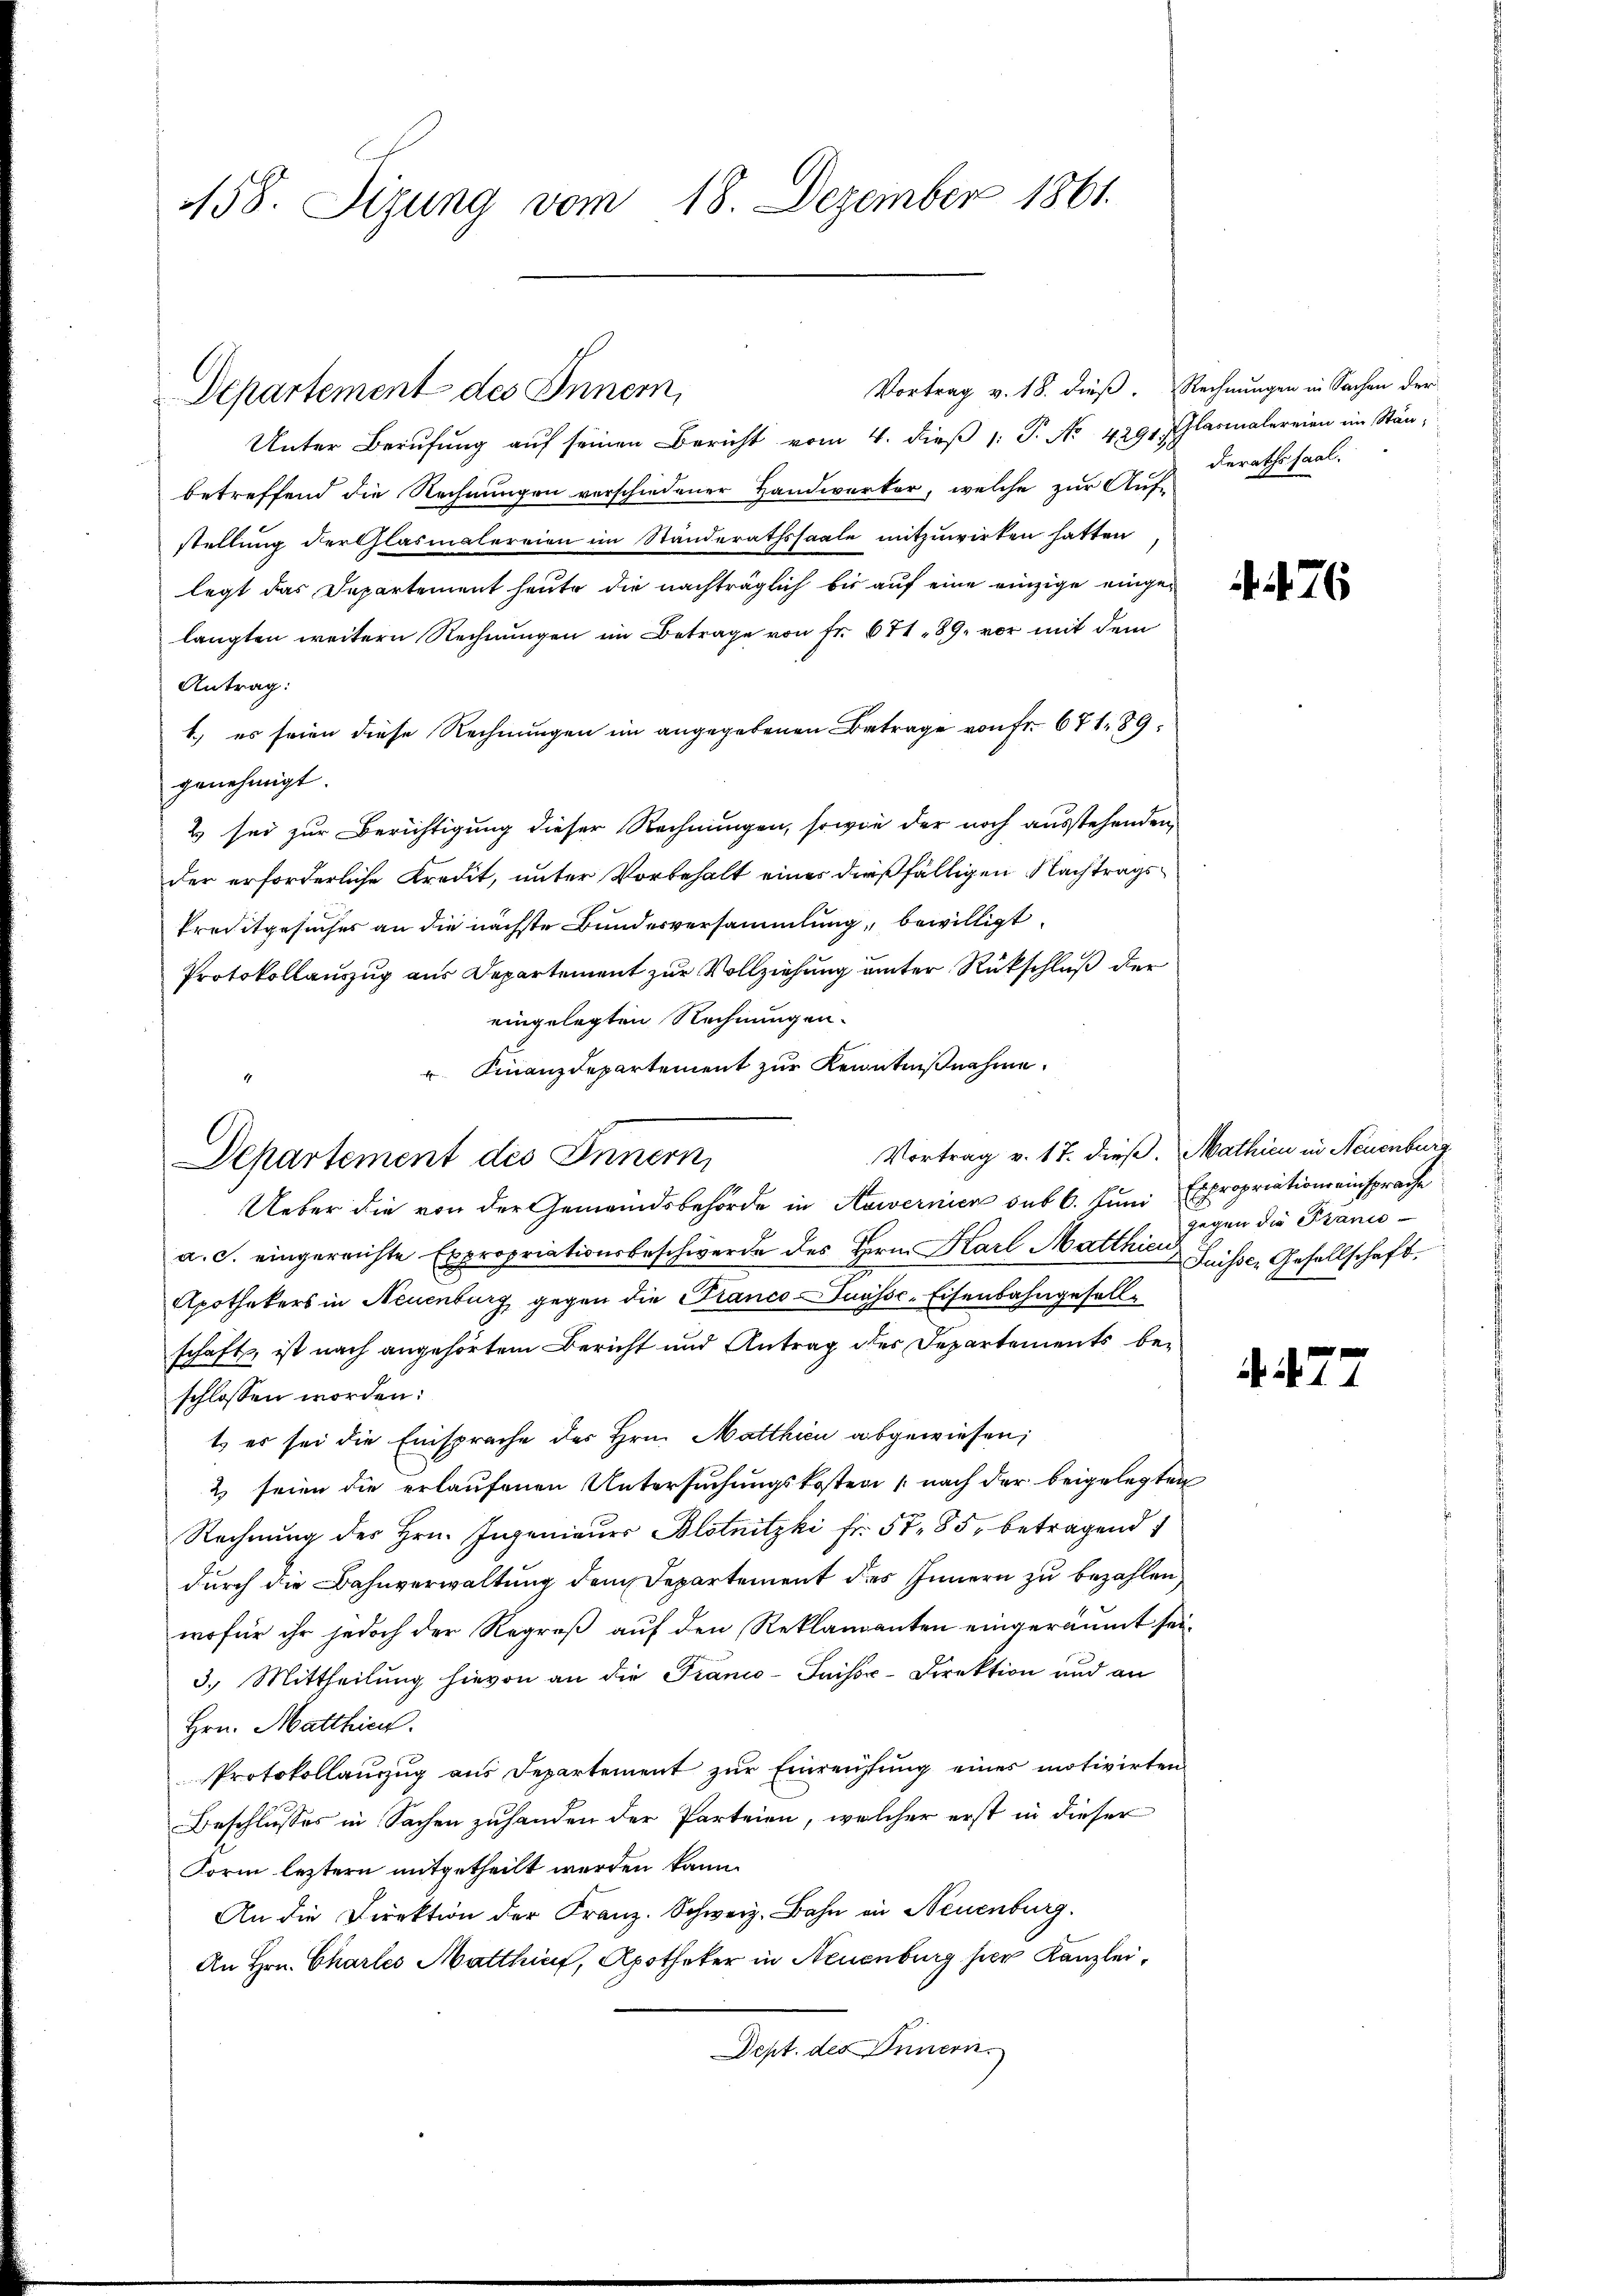
158. Sizung vom 18. Dezember 1861.

Departement des Innern,

Unter Berufung auf seinen Bericht vom 4. dieβ 1: P. Nr. 4291. Glasialereien im Stän-
betreffend die Rechnungen verschiedener Handwerker, welche zur Auf-
stellung der Glasmalereien im Standerathssaale mitzuwirken hatten
legt das Departement heute die nachträglich bis auf eine einzige eingelangten weitern Rechnungen im Betrage von Fr. 671. 89. vor mit dem
Antrag:
1.) es seien diese Rechnungen im angegebenen Betrage von Fr. 671. 89
genehmigt.
2 sei zur Berichtigung dieser Rechnungen, sowie der noch ausstehenden,
der erforderliche Kredit, unter Vorbehalt eines dießfälligen Nachtrags¬
Preditgesuches an die nächste Bundesversammlung, bewilligt.
Protokollauszug aus Departement zur Vollziehung unter Rückschluß der
eingelegten Rechnungen.
 Finanzdepartement zur Kenntnißnahme.
Ueber die von der Gemeindsbehörde in Hawernier sub 6. Juni Expropriationseinsprache
a. c. eingereichte Expropriationsbeschwerde des Hrn. Karl Matthias Suisse, Gesellschaft.
Apothekers in Neuenburg gegen die Franco-unssc. Eisenbahngesellschaft, ist nach angehörtem Bericht und Antrag der Departements beschlossen worden:
t es sei die Einsprache des Hrn. Matthien abgewiesen;
2 seien die erlaufenen Untersuchungskosten (nach der beigelegten
Rechnung des Hrn. Ingenieurs Blotnitzki fr. 57. 85, betragend
durch die Bahnverwaltung dem Departement des Innern zu bezahlen,
wofür ihr jedoch der Regroß auf den Reklamanten eingeräumt sei.
3.) Mittheilung hievon an die Franco-Suisse-Direktion und an
Hrn. Matthien.
Protokollaŭzŭg ans Departement zŭr Einreichtŭng eines motivirten
Beschlusses in Sachen zuhanden der Parteien, welcher erst in dieser
Form leztern mitgetheilt werden kann.
An die Direktion der Franz. Schweiz. Bahn in Neuenburg.
An Hrn. Chartes Matthin, Apotheker in Neuenburg hier Kanzlei¬
Dept. des Deinern.

Departement des Innern

Vortrag v. 17. dieß. Mathien in Neuenburg

Vortrag v. 18. dieß. Rechnungen in Sachen der
derathssaal.

. 76

gegen die Panić

. 77